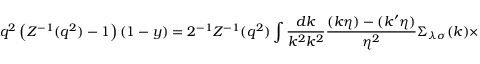
q ^ { 2 } \left( Z ^ { - 1 } ( q ^ { 2 } ) - 1 \right) ( 1 - y ) = 2 ^ { - 1 } Z ^ { - 1 } ( q ^ { 2 } ) \int \frac { d k } { k ^ { 2 } k ^ { 2 } } \frac { ( k \eta ) - ( k ^ { \prime } \eta ) } { \eta ^ { 2 } } \Sigma _ { \lambda \sigma } ( k ) \times